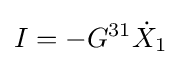
I=-G^{31}{\dot {X}}_{1}